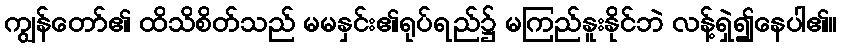
ကျွန်တော်၏ ထိသိစိတ်သည် မမနှင်း၏ရုပ်ရည်၌ မကြည်နူးနိုင်ဘဲ လန့်ရှဲ၍နေပါ၏။